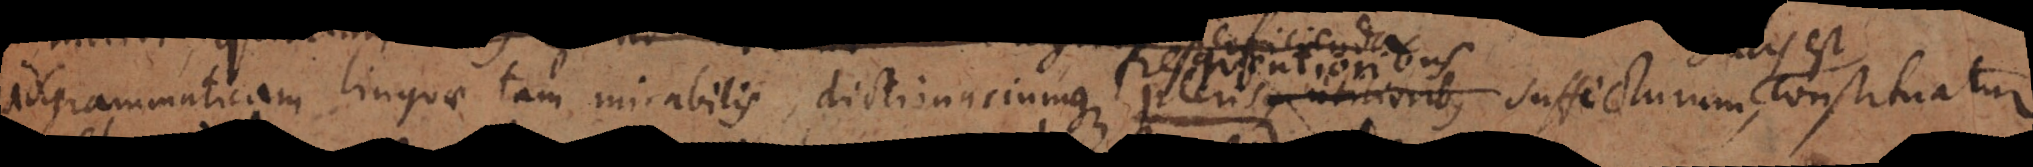
ad Grammaticam linguae tam mirabilis dictionariumque frequentioribus plerisque suffecturum , constituatur